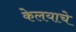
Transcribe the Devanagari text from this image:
केलयाचे